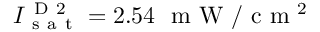
I _ { \mathrm { ~ s ~ a ~ t ~ } } ^ { \mathrm { ~ D ~ 2 ~ } } = 2 . 5 4 \, \, \mathrm { ~ m ~ W ~ } / \mathrm { ~ c ~ m ~ } ^ { 2 }